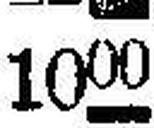
1000